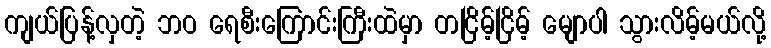
ကျယ်ပြန့်လှတဲ့ ဘဝ ရေစီးကြောင်းကြီးထဲမှာ တငြိမ့်ငြိမ့် မျောပါ သွားလိမ့်မယ်လို့